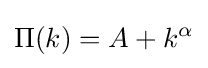
\Pi (k)=A+k^{\alpha }